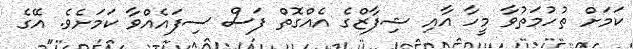
ކަމަށް ތުހުމަތުވާ މީހާ އާއި ޝިފާޒްގެ އެއްގޮތް ފަސް ސިފައެއްވާ ކަމަށެވެ. އޭގެ